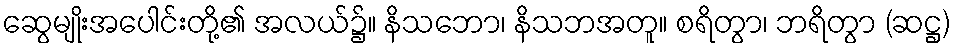
ဆွေမျိုးအပေါင်းတို့၏ အလယ်၌။ နိသဘော၊ နိသဘအတူ။ စရိတွာ၊ ဘရိတွာ (ဆဋ္ဌ)